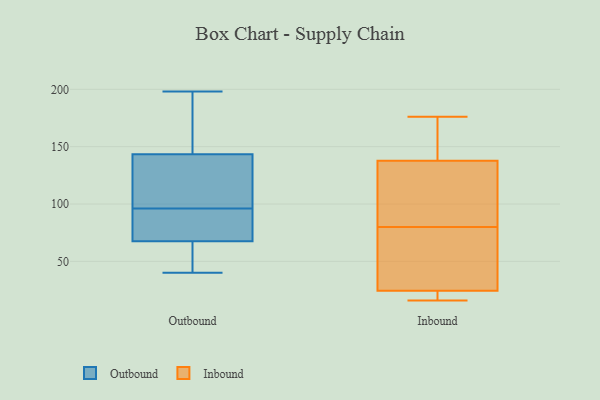
{"axis": {"x": "Operating Costs (USD K)", "y": "Value"}, "legend": ["Inbound", "Outbound"], "data": [{"x": "", "y": 172, "type": "Outbound"}, {"x": "", "y": 44, "type": "Outbound"}, {"x": "", "y": 79, "type": "Outbound"}, {"x": "", "y": 98, "type": "Outbound"}, {"x": "", "y": 142, "type": "Outbound"}, {"x": "", "y": 71, "type": "Outbound"}, {"x": "", "y": 198, "type": "Outbound"}, {"x": "", "y": 64, "type": "Outbound"}, {"x": "", "y": 94, "type": "Outbound"}, {"x": "", "y": 40, "type": "Outbound"}, {"x": "", "y": 135, "type": "Outbound"}, {"x": "", "y": 145, "type": "Outbound"}, {"x": "", "y": 60, "type": "Outbound"}, {"x": "", "y": 84, "type": "Outbound"}, {"x": "", "y": 127, "type": "Outbound"}, {"x": "", "y": 162, "type": "Outbound"}, {"x": "", "y": 18, "type": "Inbound"}, {"x": "", "y": 96, "type": "Inbound"}, {"x": "", "y": 122, "type": "Inbound"}, {"x": "", "y": 59, "type": "Inbound"}, {"x": "", "y": 151, "type": "Inbound"}, {"x": "", "y": 70, "type": "Inbound"}, {"x": "", "y": 176, "type": "Inbound"}, {"x": "", "y": 80, "type": "Inbound"}, {"x": "", "y": 16, "type": "Inbound"}, {"x": "", "y": 44, "type": "Inbound"}, {"x": "", "y": 143, "type": "Inbound"}, {"x": "", "y": 17, "type": "Inbound"}, {"x": "", "y": 94, "type": "Inbound"}, {"x": "", "y": 17, "type": "Inbound"}, {"x": "", "y": 162, "type": "Inbound"}]}